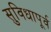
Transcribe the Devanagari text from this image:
सुविधापूर्व